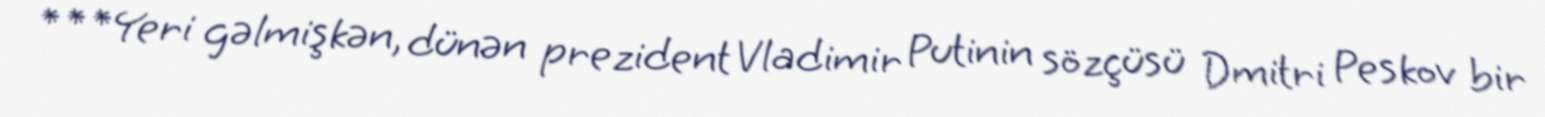
***Yeri gəlmişkən, dünən prezident Vladimir Putinin sözçüsü Dmitri Peskov bir